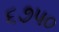
૬૭૫૦